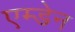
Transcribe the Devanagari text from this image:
एम्डेन